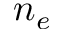
n _ { e }